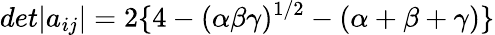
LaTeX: det|a_{ij}|=2\{ 4-(\alpha\beta\gamma)^{1/2}-(\alpha+\beta+\gamma)\}